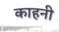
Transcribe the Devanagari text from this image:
काहनी